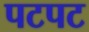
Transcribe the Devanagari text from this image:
पटपट